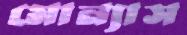
মোন্যাস